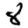
Digit: 8